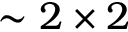
\sim 2 \times 2